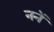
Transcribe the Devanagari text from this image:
ननें